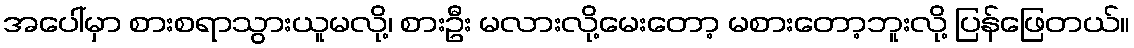
အပေါ်မှာ စားစရာသွားယူမလို့၊ စားဦး မလားလို့မေးတော့ မစားတော့ဘူးလို့ ပြန်ဖြေတယ်။